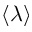
\langle \lambda \rangle